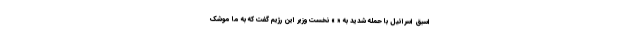
اسبق اسرائیل با حمله شدید به « » نخست وزیر این رژیم گفت که به ما موشک